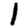
Digit: 1